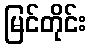
မြင်တိုင်း